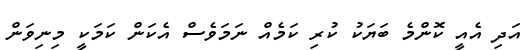
އަދި އެއީ ކޮންމެ ބަޔަކު ކުރި ކަމެއް ނަމަވެސް އެކަން ކަމަކީ މިނިވަން